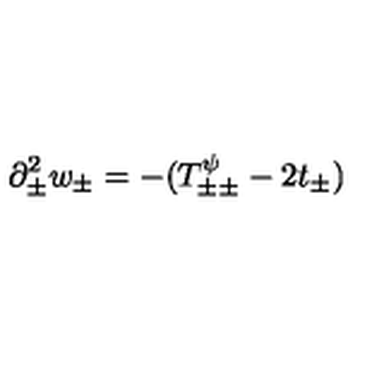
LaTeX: \partial _ { \pm } ^ { 2 } w _ { \pm } = - ( T _ { \pm \pm } ^ { \psi } - 2 t _ { \pm } )